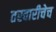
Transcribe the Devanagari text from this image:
तरवारीचेच